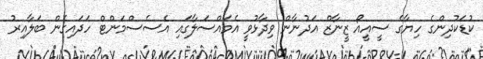
ކުޑަކުދިންގެ ހިޔާގެ ސީއީއޯ ޒީނާޒް އަދުނާން ވިދާޅުވީ އެމައްސަލާގައި އެސެސްމަންޓް ހަދައިގެން ބަލާއިރު